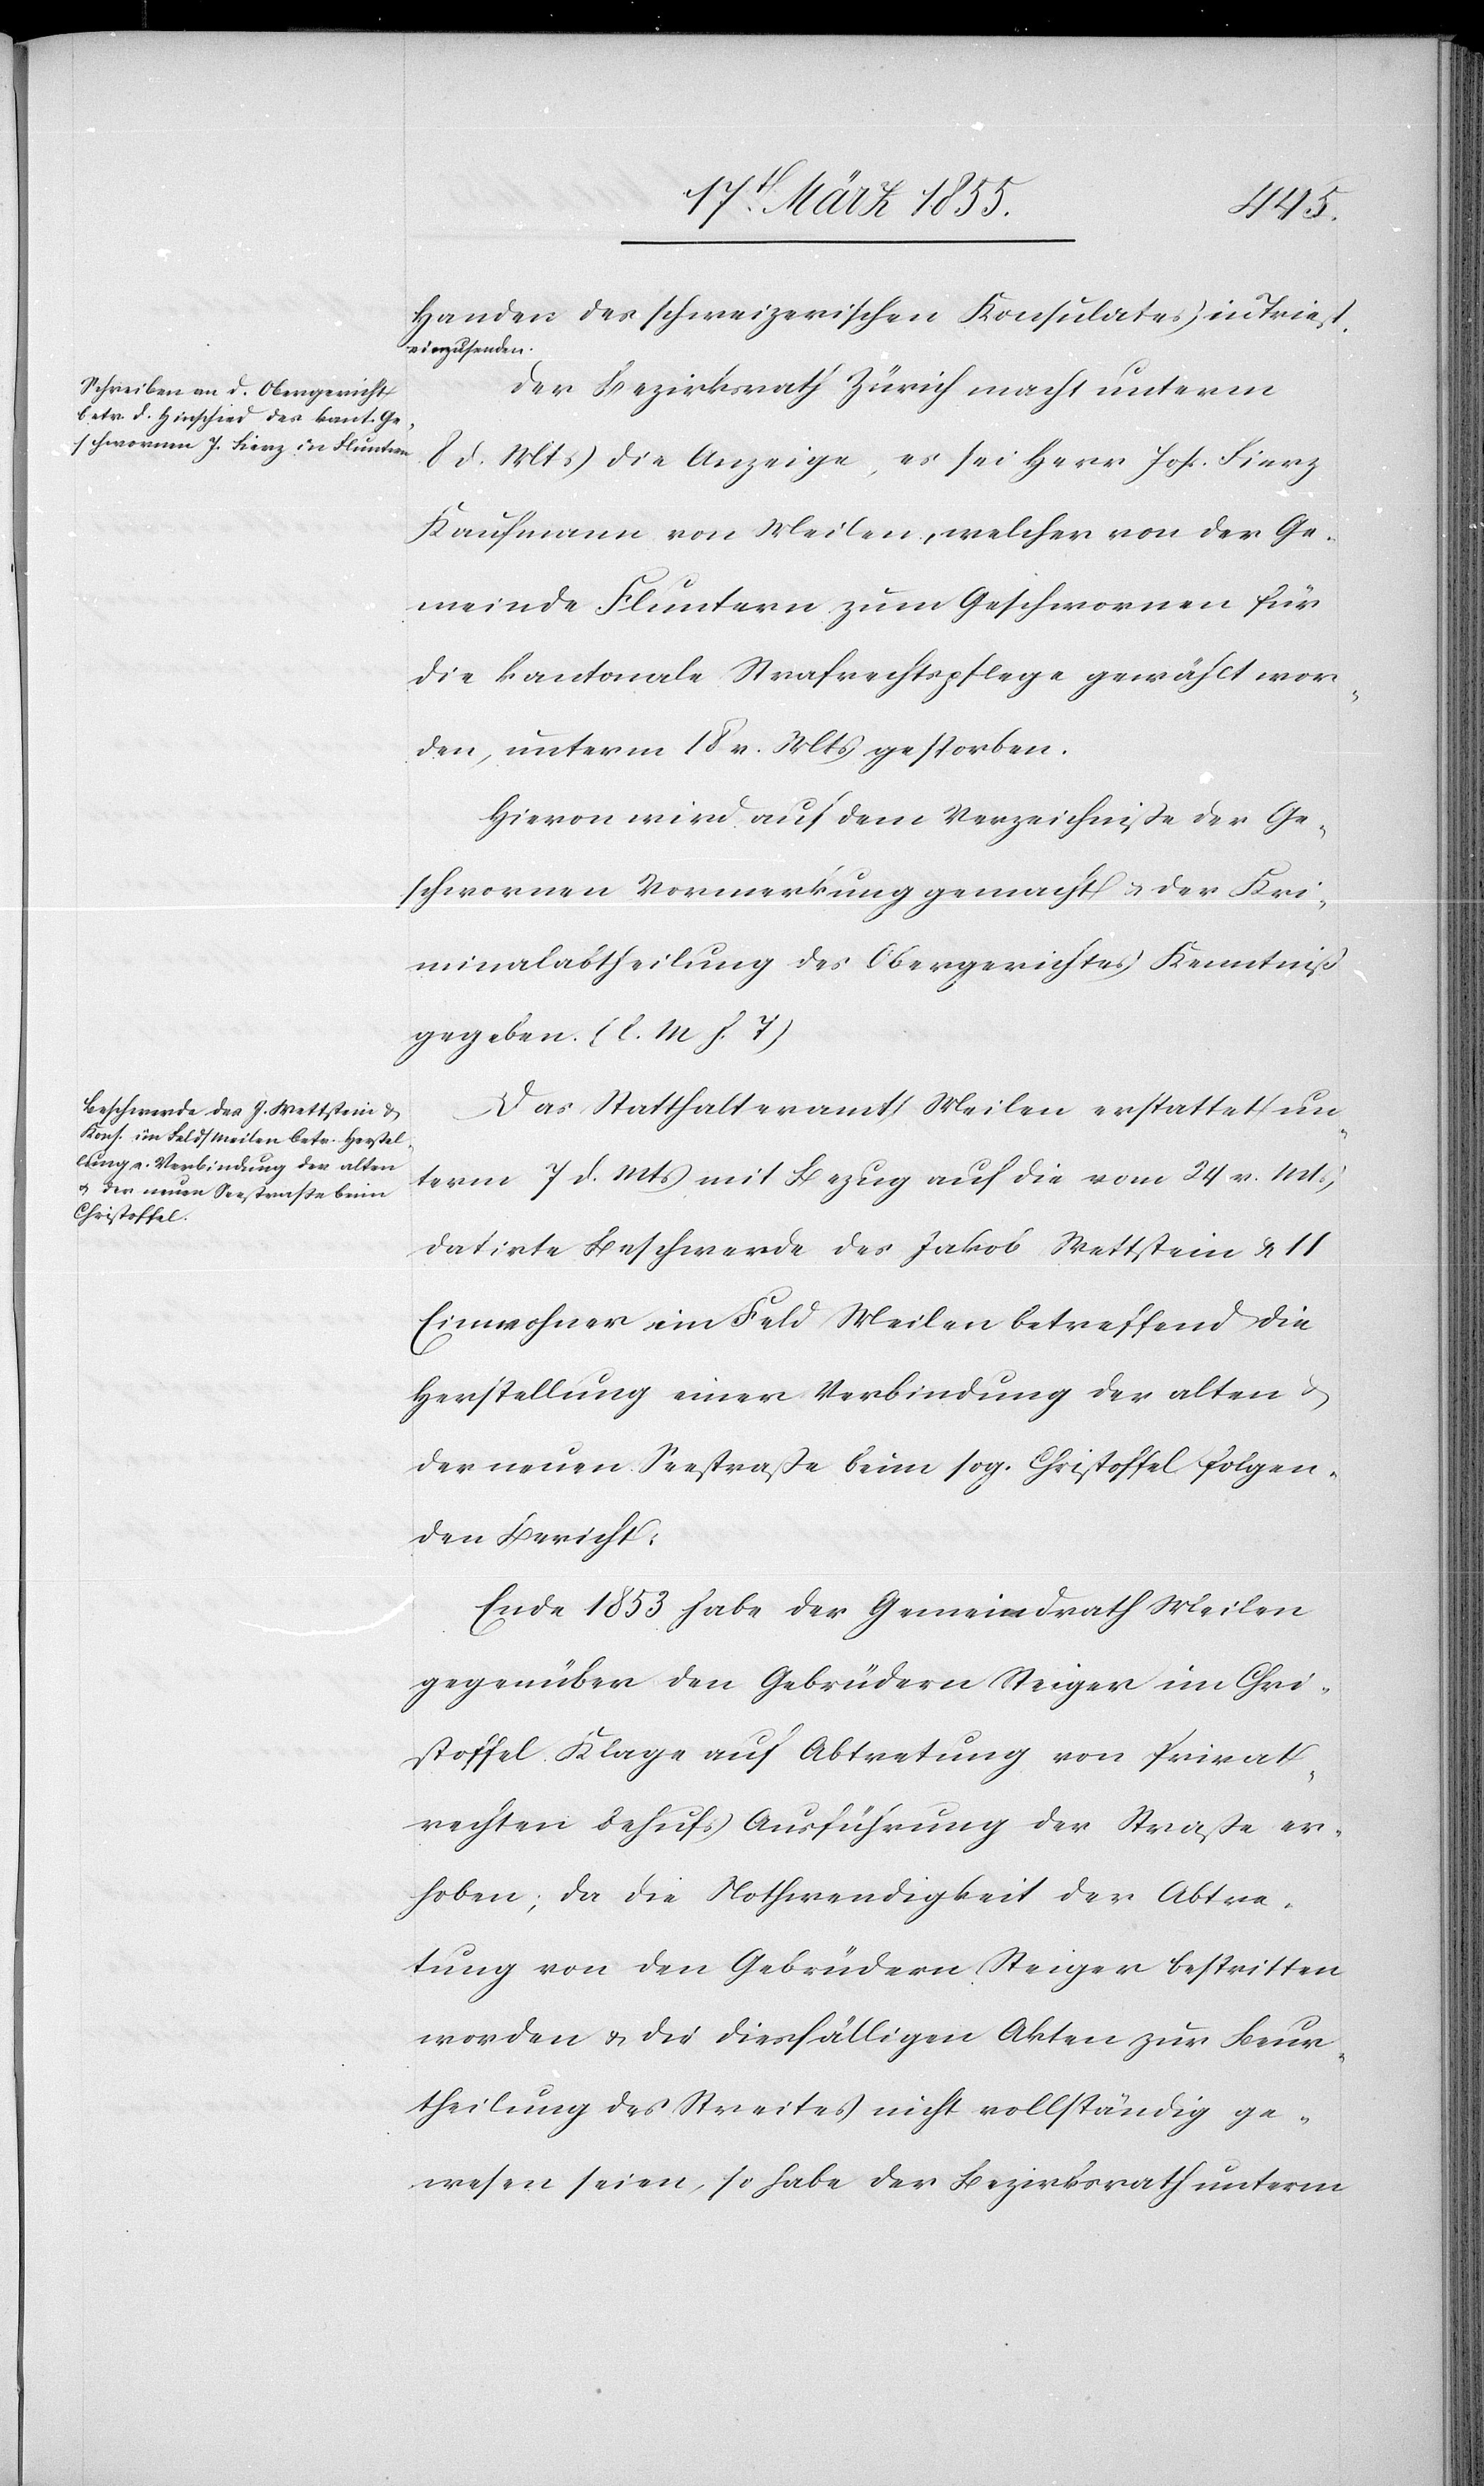
Handen des schweizerischen Konsulates in Triest
einzusenden.
Der Bezirksrath Zürich macht unterm
8 d. Mts die Anzeige, es sei Herr Johs. Fierz
Kaufmann von Meilen, welcher von der Ge¬
meinde Fluntern zum Geschwornen für
die kantonale Strafrechtspflege gewählt wor¬
den, unterm 18 v. Mts gestorben.
Hievon wird auf dem Verzeichniße der Ge¬
schwornen Vormerkung gemacht & der Kri¬
minalabtheilung des Obergerichtes Kenntniß
gegeben. (l. M. h. T)
Das Statthalteramt Meilen erstattet un¬
term 7 d. Mts mit Bezug auf die vom 24 v. Mts
datirte Beschwerde des Jakob Wettstein & 11
Einwohner im Feld Meilen betreffend die
Herstellung einer Verbindung der alten &
der neuen Seestraße beim sog. Christoffel folgen¬
den Bericht:
Ende 1853 habe der Gemeindrath Meilen
gegenüber den Gebrüdern Steiger im Chri¬
stoffel Klage auf Abtretung von Privat¬
rechten behufs Ausführung der Straße er¬
hoben; da die Nothwendigkeit der Abtre¬
tung von den Gebrüdern Steiger bestritten
worden & die diesfälligen Akten zur Beur¬
theilung des Streites nicht vollständig ge¬
wesen seien, so habe der Bezirksrath unterm